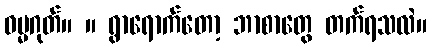
ဓမ္မဂုတ်။ ။ ရွာရောက်တော့ ဘာစာတွေ တက်ရသလဲ။